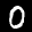
Label: 0